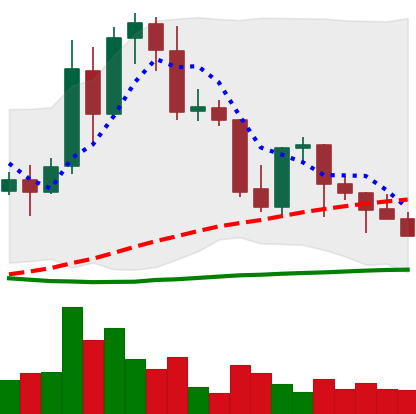
Ticker: TRX-USD
Chart end date: 2021-09-28
Forward return: 14.235%
Label: up_7plus